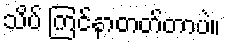
သိပ် ကြင်နာတတ်တာပဲ။